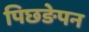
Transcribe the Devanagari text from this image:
पिछङेपन